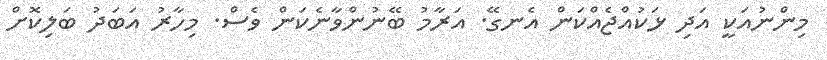
މިންނުއަކީ އަދި ޅަކުއްޖެއްކަން އެނގޭ. އަރާމު ބޭނުންވާނެކަން ވެސް. މިހާރު އަބަދު ބަލިކޮށް